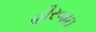
હીરબાઇ